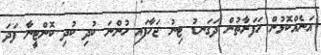
އަނެއްކޮޅުން ހަފަރާތުން ދަގަނޑު ޓިނު ޖަހާފައި ހުންނަ ކުދި ކުދި ކޮންޓީނާ ފަދަ